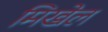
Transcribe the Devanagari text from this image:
मिखेल